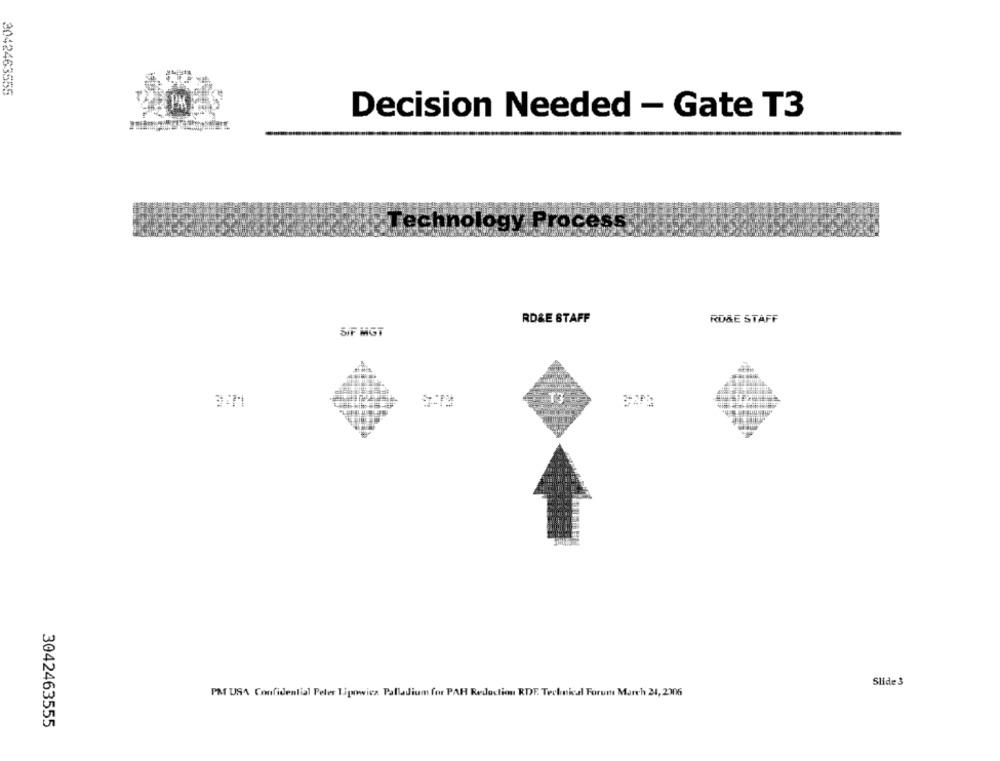
3042463555
Decision Needed - Gate T3
Technology Process
RD&E STAFF
ROGE STAFF
SIF MGT
T3
Slide 3
PMT USA Confidential Peler Tipowicz Palladium for PAR Redaction RDF. Technical Forum March 21, 2306
3042463555